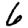
Digit: 6